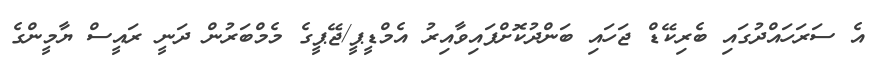
އެ ސަރަހައްދުގައި ބެރިކޭޑް ޖަހައި ބަންދުކޮށްފައިވާއިރު އެމްޑީޕީ/ޖޭޕީގެ މެމްބަރުން ދަނީ ރައީސް ޔާމީންގެ